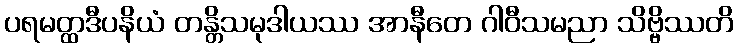
ပရမတ္ထဒီပနိယံ တန္တိသမုဒါယဿ အာနီတေ ဂါဝီသမညာ သိဗ္ဗိဿတိ